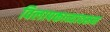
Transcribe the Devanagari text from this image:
विलापकाव्यावरून